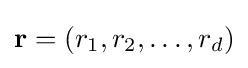
{\textstyle \mathbf {r} =\left(r_{1},r_{2},\ldots ,r_{d}\right)}